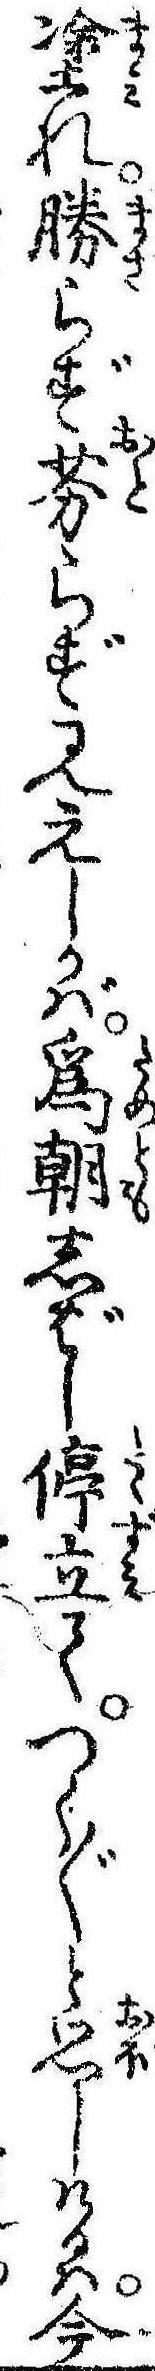
塗れ勝らず劣らず見えしかば為朝しばし停立てつく〲と思しけるは今